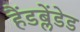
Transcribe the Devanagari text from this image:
हैंडब्लेंडेड